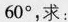
60°,求: